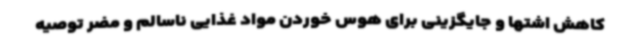
کاهش اشتها و جایگزینی برای هوس خوردن مواد غذایی ناسالم و مضر توصیه